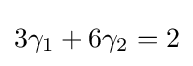
3\gamma _{1}+6\gamma _{2}=2